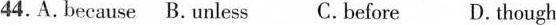
44.A.Because B.Unless C.Before D. Though